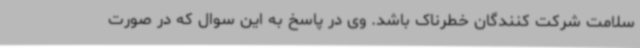
سلامت شرکت کنندگان خطرناک باشد. وی در پاسخ به این سوال که در صورت